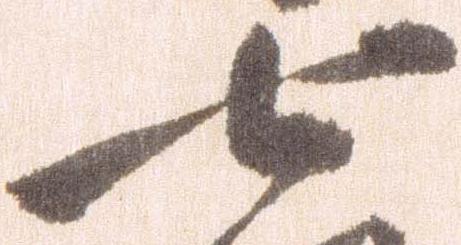
七